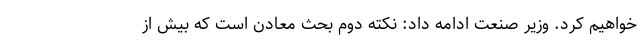
خواهیم کرد. وزیر صنعت ادامه داد: نکته دوم بحث معادن است که بیش از